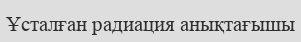
Ұсталған радиация анықтағышы